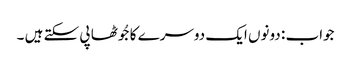
جواب : دونوں ایک دوسرے کا جُوٹھا پی سکتے ہیں ۔